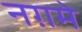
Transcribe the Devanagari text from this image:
नग़मे